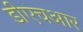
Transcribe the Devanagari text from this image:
डीएचआर